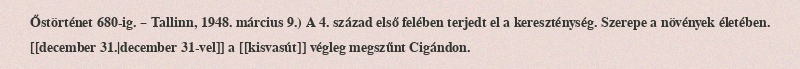
Őstörténet 680-ig. – Tallinn, 1948. március 9.) A 4. század első felében terjedt el a kereszténység. Szerepe a növények életében. [[december 31.|december 31-vel]] a [[kisvasút]] végleg megszűnt Cigándon.